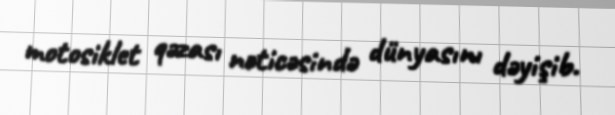
motosiklet qəzası nəticəsində dünyasını dəyişib.